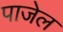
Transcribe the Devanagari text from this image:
पाजेल